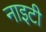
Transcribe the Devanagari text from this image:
नाइटी